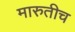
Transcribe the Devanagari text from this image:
मारुतीच